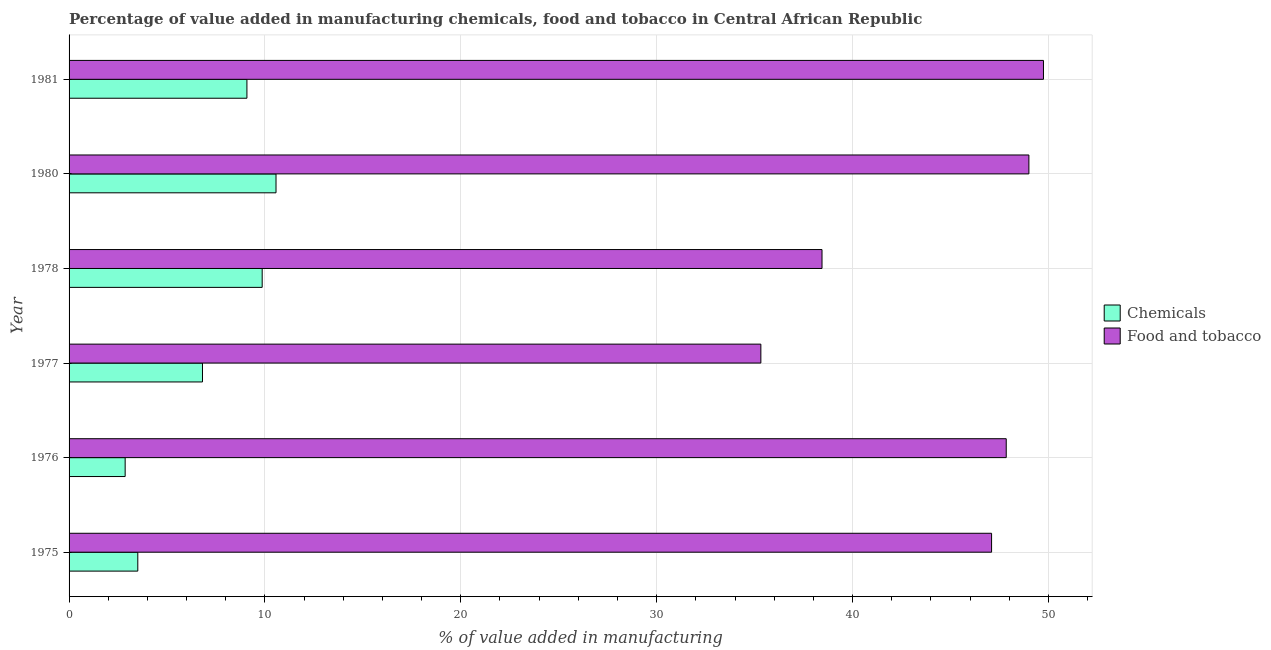
| Year | Chemicals | Food and tobacco |
 | --- | --- | --- |
 | 1975 | 3.51 | 47.1 |
 | 1976 | 2.86 | 47.8 |
 | 1977 | 6.81 | 35.3 |
 | 1978 | 9.86 | 38.4 |
 | 1980 | 10.6 | 49 |
 | 1981 | 9.08 | 49.7 |